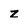
Character: z